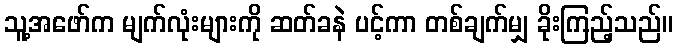
သူ့အဖော်က မျက်လုံးများကို ဆတ်ခနဲ ပင့်ကာ တစ်ချက်မျှ ခိုးကြည့်သည်။